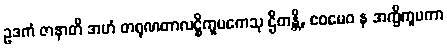
ဥဒကံ ဇာနာတိ အဟံ တရုဏတာလဋ္ဌိကူပကေသု ဌိတန္တိ, ဧဝမေဝ န အက္ခိကူပကာ